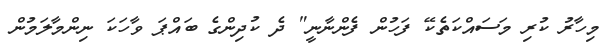
މިހާރު ކުރި މަސައްކަތެކޭ ފަހުން ފެންނާނީ" ދެ ކުދިންގެ ބައްޕަ ވާހަކަ ނިންމާލަމުން